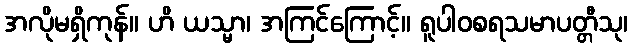
အလိုမရှိကုန်။ ဟိ ယသ္မာ၊ အကြင်ကြောင့်။ ရူပါဝစရသမာပတ္တီသု၊